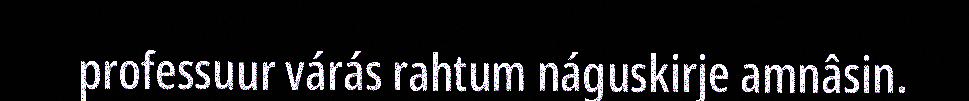
professuur várás rahtum náguskirje amnâsin.